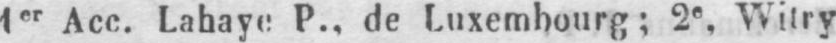
1er Acc. Lahaye P., de Luxembourg; 2e Witry